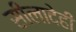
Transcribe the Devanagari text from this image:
सीलादेही